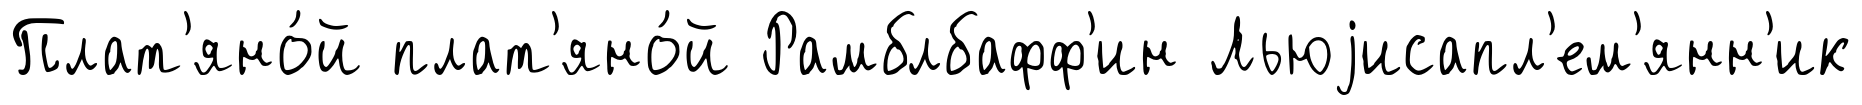
Плат'яно́й плат'яно́й Рамблбафф'ин Льюjисапл'ем'янн'ик